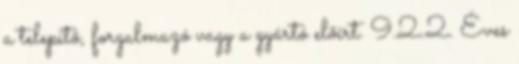
a telepítõ, forgalmazó vagy a gyártó elõírt. 9.2.2. Éves